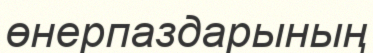
өнерпаздарының